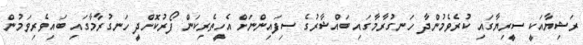
ރަޝިޔާއަކީ ސީރިޔާގައި ކުރެވެމުންދާ ހަނގުރާމާގައި ބައްޝާރުގެ ސިފައިންނަށް އެހީތެރިކަން ފޯރުކޮށްދީ ހަނގުރާމާގައި ބައިވެރިވަމުން